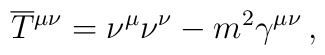
\overline T{^{\mu\nu}}=\nu^\mu \nu^\nu - m^2\gamma^{\mu\nu} \, ,